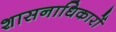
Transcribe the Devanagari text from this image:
शासनाधिकारों